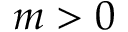
m > 0